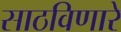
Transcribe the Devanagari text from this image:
साठविणारे